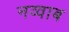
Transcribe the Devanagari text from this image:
नव्वाब